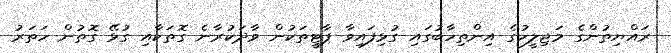
ރައްޔިތުންގެ މަޖިލީހުގެ އިންތިހާބުގައި ގުޅިފައިވާ ޕާޓީތަކުން ވާދަކުރާނެ ގޮތަކާއި ގުޅޭ ގޮތުން ހަތަރު